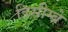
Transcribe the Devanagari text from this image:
डिसीम्ब्रे